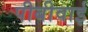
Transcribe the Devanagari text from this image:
पीबीवाई